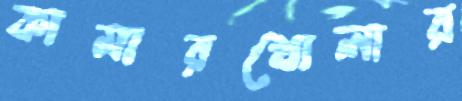
কামারখোলার